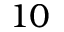
1 0